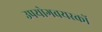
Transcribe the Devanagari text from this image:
उपयोगवयस्कों